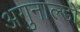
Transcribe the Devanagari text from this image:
अगुनाल्डो